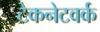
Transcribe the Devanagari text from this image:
टेकनेटवर्क